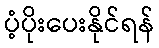
ပံ့ပိုးပေးနိုင်ရန်